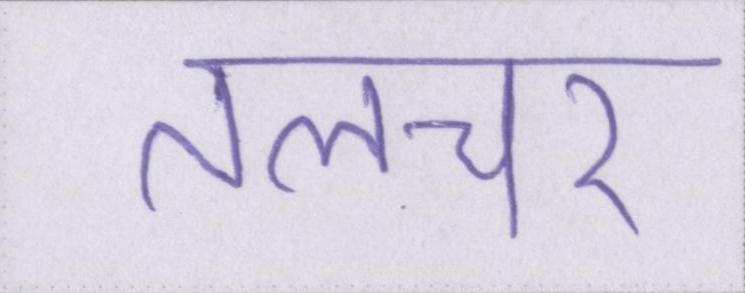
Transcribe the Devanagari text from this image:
तलचर